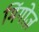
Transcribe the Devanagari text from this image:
मिंगोज़